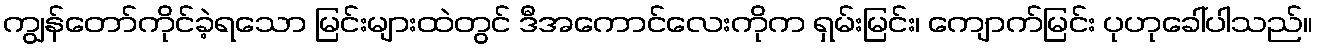
ကျွန်တော်ကိုင်ခဲ့ရသော မြင်းများထဲတွင် ဒီအကောင်လေးကိုက ရှမ်းမြင်း၊ ကျောက်မြင်း ပုဟုခေါ်ပါသည်။